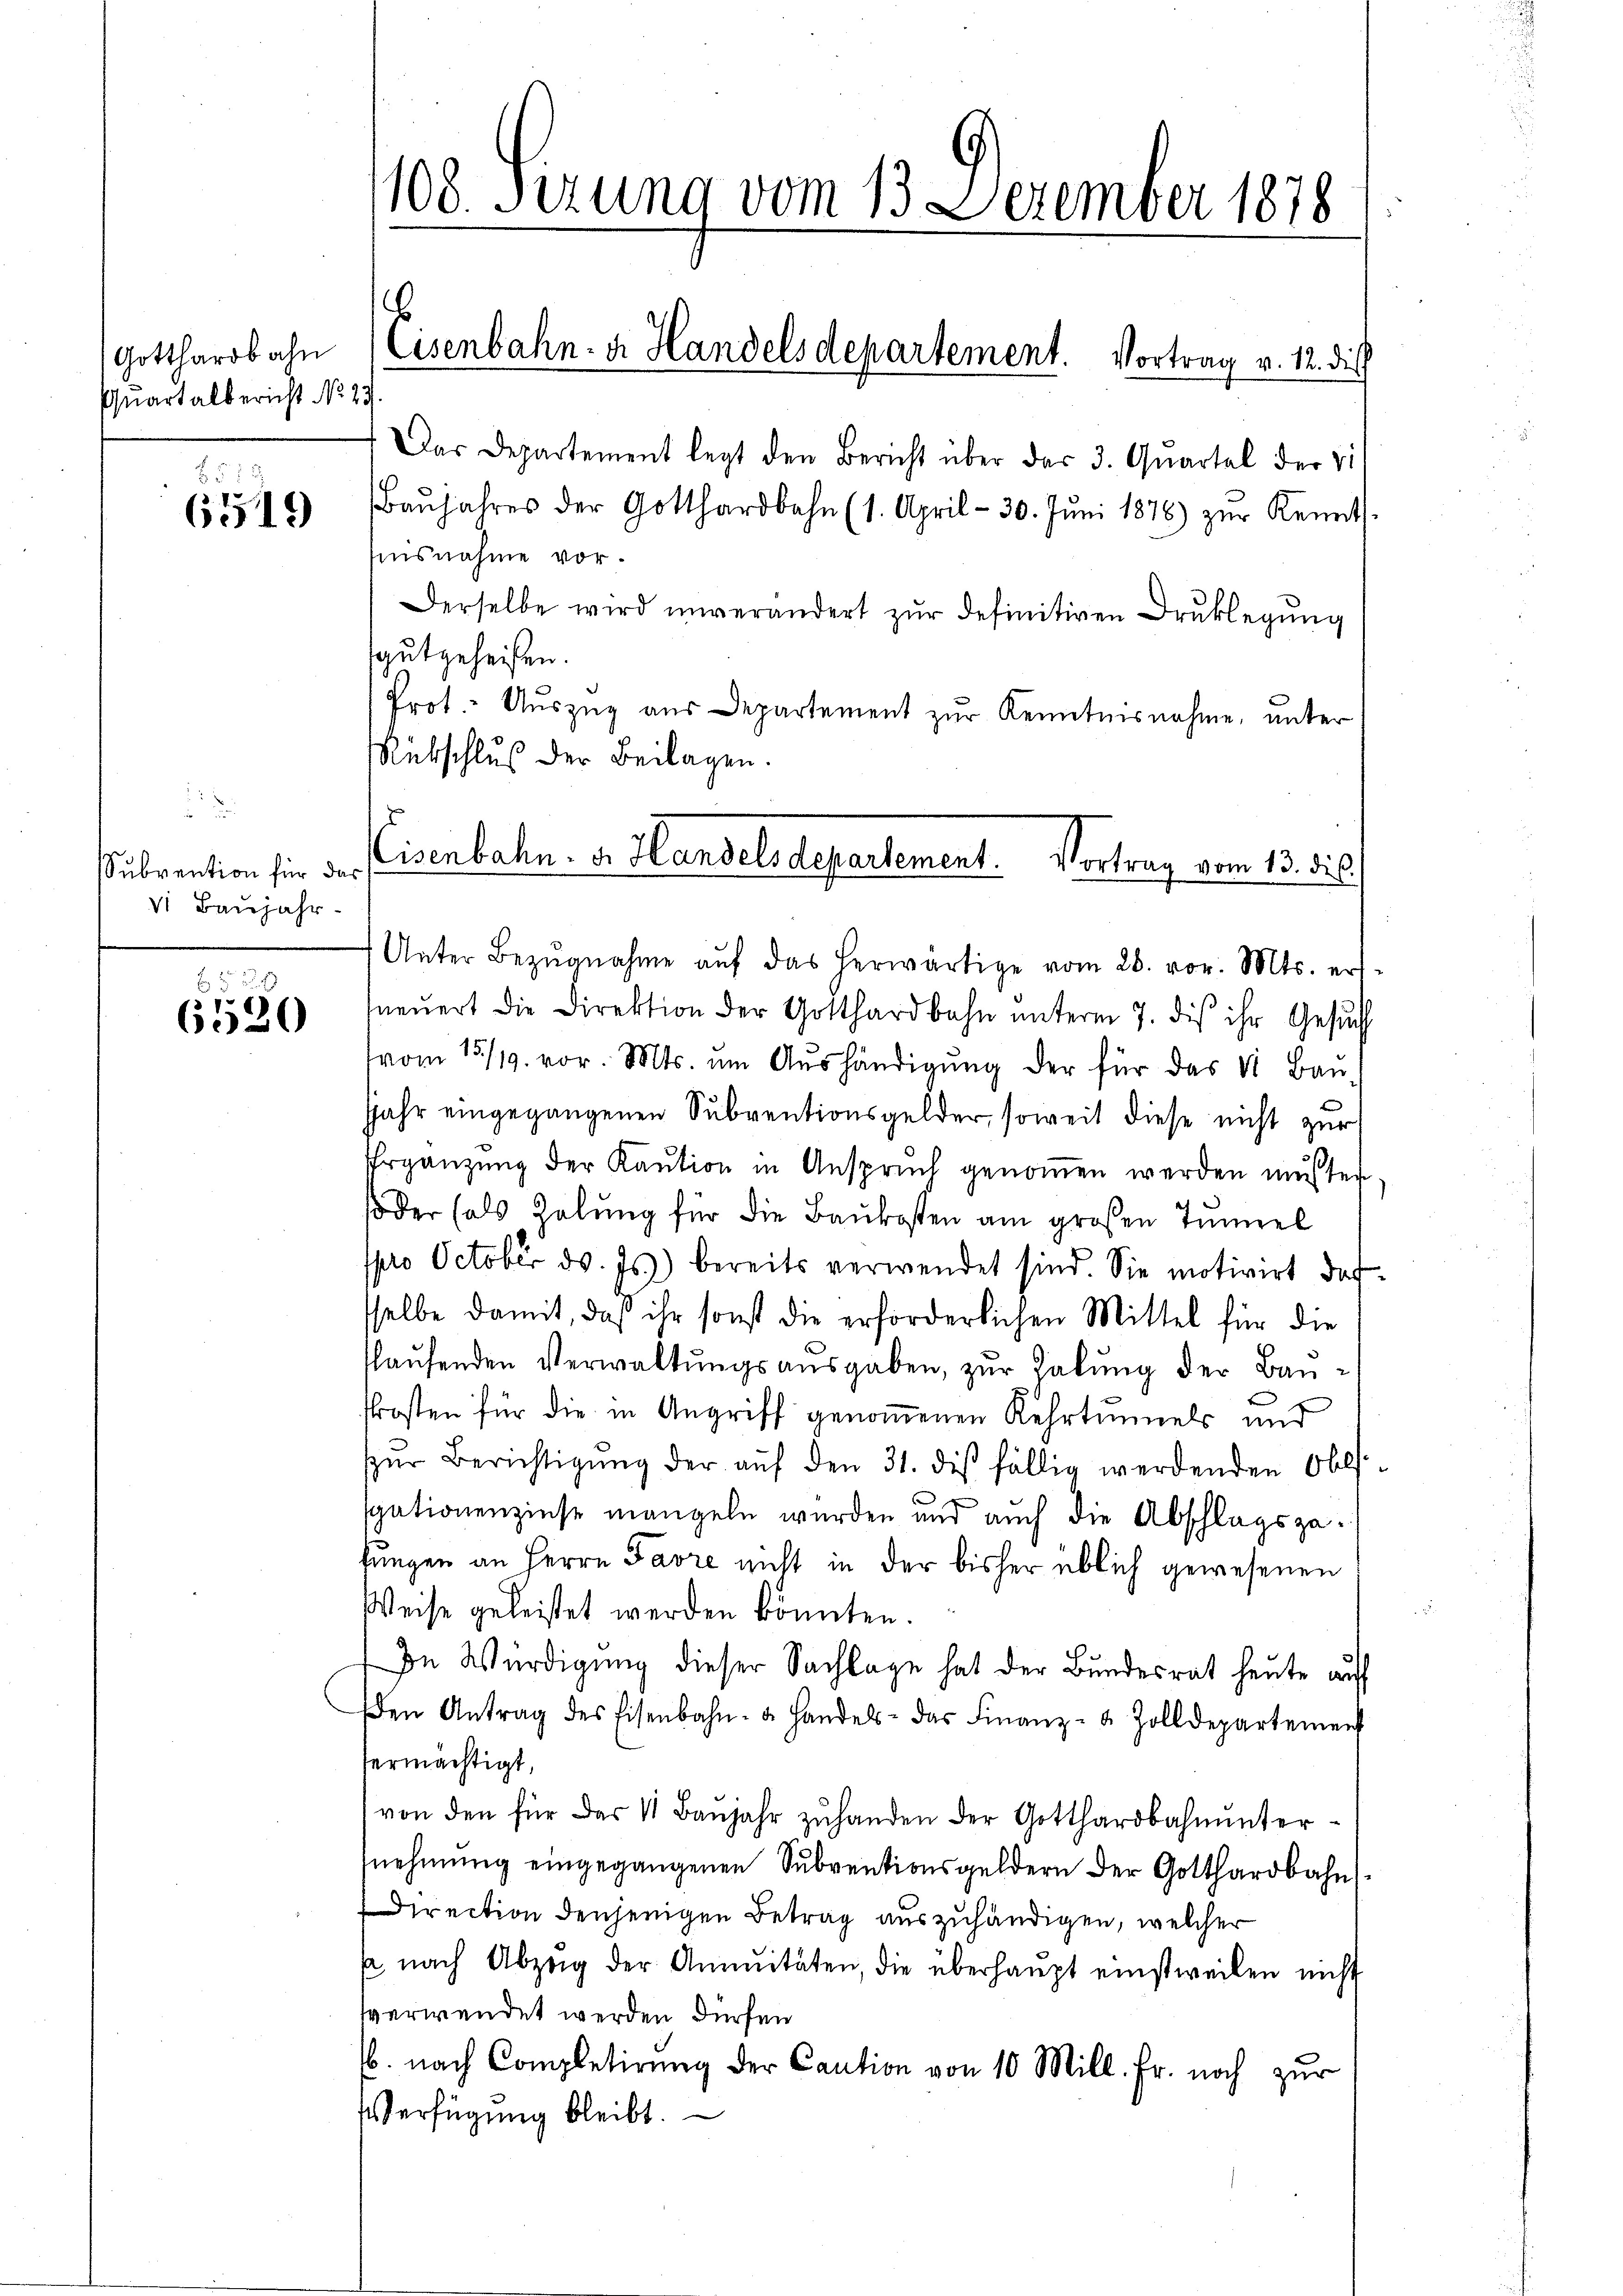
Gotthardbahn
Quartalbericht No. 23

619

Subvention für das
v. Baŭjahr

6520

Das Departement legt den Bericht über das 3. Quartal der Vi
Baŭjahres der Gotthardbahn (1. April - 30. Jŭni 1876) zŭr Kennt.
nisnahme vor.
Derselbe wird unverändert zŭr definitiven Druklegung
gutgeheißen.
Prot. Auszug aus Departement zur Kenntnisnahme, unter
Rübschluß der Beilagen.
Unter Bezŭgnahme aŭf das herwärtige vom 26. vor. Mts. er-
neŭert die Direktion der Gotthardbahn ŭnterm 7. dis ihr Gesŭch
vom 15/19. vor. Mts. um Aushändigŭng der für das V. Bau-
Jahr eingegangenen Subventionsgelder, soweit diese nicht zur
Ergänzung der Kaution in Anspruch genommen werden mußten.
soder (als Zelung für die Baukosten am großen Tunnel
ppro October d. Js. bereits verwendet sind. Sie motivirt daf
sselbe damit, daß ihr sonst die erforderlichen Mittel für die
slaufenden Verwaltungsausgaben, zur Zalung der Bau¬
Prosten für die in Angriff genommenen Rehrtennels und
zŭr Berichtigŭng der aŭf den 31. des fällig werdenden Obl.
sgationenzinse mangeln wurden und auch die Abschlagszafungen an Herrn Favre nicht in der bisher üblich gewesenen
Weise geleistet werden könnten.
In Würdigung dieser Sachlage hat der Bundesrat heute auf
en Antrag des Eisenbahn- u. Handels- das Finanz- & Zolldepartemen
ermächtigt,
von den für das 11 Baŭjahr zŭ handen der Gotthardbahnunter-
nehmung eingegangenen Subventionsgeldern der Gotthardbahn¬
Direction denjenigen Betrag auszuhändigen, welcher
s nach Abzug der Annuitäten, die überhaupt einstweilen nicht
sverwendet werden dürfen
sb. nach Completirŭng der Caution von 10 Mill. Fr. noch zŭr
Verfügung bleibt.

108. Sizung vom 13. Dezember 1878

.
Eisenbahn- u. Handelsdepartement. Vortrag v. 12. die

Eisenbahn. v. Handels departement. Vortrag vom 13. ds.